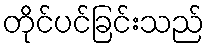
တိုင်ပင်ခြင်းသည်